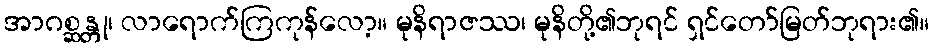
အာဂစ္ဆန္တု၊ လာရောက်ကြကုန်လော့။ မုနိရာဇဿ၊ မုနိတို့၏ဘုရင် ရှင်တော်မြတ်ဘုရား၏။